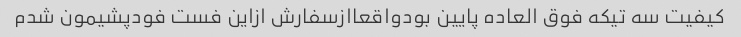
کیفیت سه تیکه فوق العاده پایین بودواقعاازسفارش ازاین فست فودپشیمون شدم